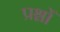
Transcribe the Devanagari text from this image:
प्रश्नोँ